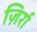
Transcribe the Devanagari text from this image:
ज़िर्रा